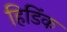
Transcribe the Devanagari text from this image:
हिडिंक